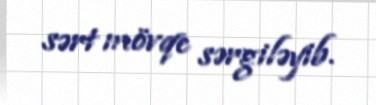
sərt mövqe sərgiləyib.